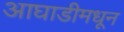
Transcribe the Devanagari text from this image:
आघाडीमधून